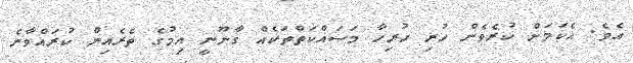
އެވެ. އެކަމަށް ކުރެވެން ހުރި ހުރިހާ މަސައްކަތްތަކެއް ގާނޫނީ އިމުގެ ތެރެއިން ކުރައްވާނެ